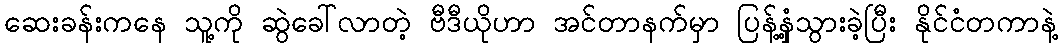
ဆေးခန်းကနေ သူ့ကို ဆွဲခေါ်လာတဲ့ ဗီဒီယိုဟာ အင်တာနက်မှာ ပြန့်နှံ့သွားခဲ့ပြီး နိုင်ငံတကာနဲ့